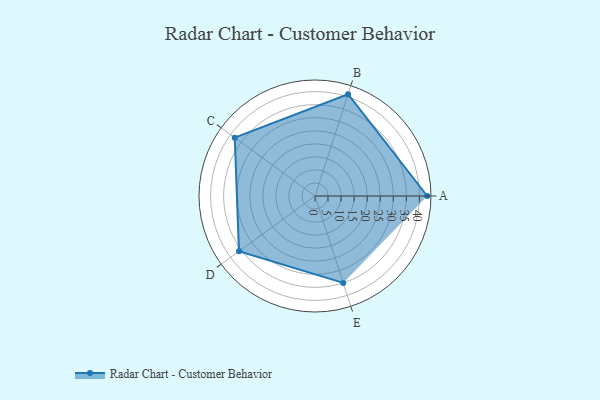
{"axis": {"x": "Skill", "y": "Score"}, "legend": ["Profile"], "data": [{"x": "A", "y": 43.0, "type": "Profile"}, {"x": "B", "y": 41.0, "type": "Profile"}, {"x": "C", "y": 38.0, "type": "Profile"}, {"x": "D", "y": 36.0, "type": "Profile"}, {"x": "E", "y": 35.0, "type": "Profile"}]}